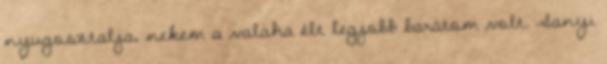
nyugosztalja, nekem a valaha élt legjobb barátom volt. Sanyi